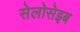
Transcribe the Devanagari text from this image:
सेलोसेइब